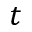
t